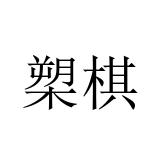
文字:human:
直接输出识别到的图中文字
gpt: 槊棋